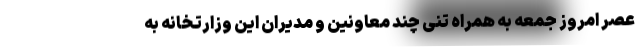
عصر امروز جمعه به همراه تنی چند معاونین و مدیران این وزارتخانه به